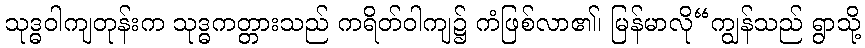
သုဒ္ဓဝါကျတုန်းက သုဒ္ဓကတ္တားသည် ကရိတ်ဝါကျ၌ ကံဖြစ်လာ၏၊ မြန်မာလို“ကျွန်သည် ရွာသို့